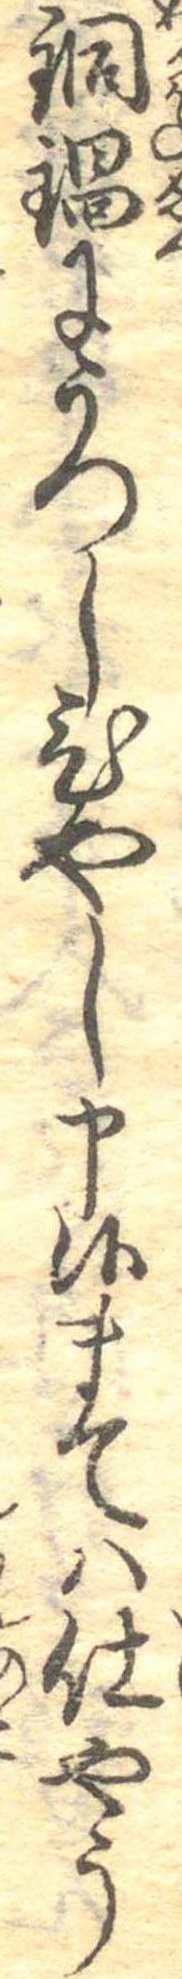
銅鍋にうつしひやし申候まては仕やう